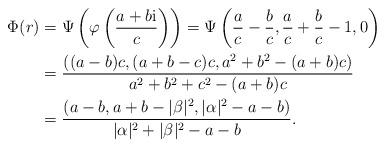
LaTeX: \begin{align*} \Phi(r) &= \Psi\left( \varphi \left( \frac{a + b\mathrm{i}}c\right)\right)= \Psi\left(\frac ac - \frac bc, \frac ac + \frac bc -1, 0\right) \\&=\frac{((a - b)c, (a + b - c)c, a^2 + b^2 - (a+b)c)}{a^2 + b^2 + c^2 - (a + b)c} \\&=\frac{(a - b, a + b - |\beta|^2, |\alpha|^2 - a-b)}{|\alpha|^2 + |\beta|^2 - a - b}. \end{align*}